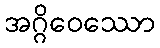
အဂ္ဂိဝေဿော